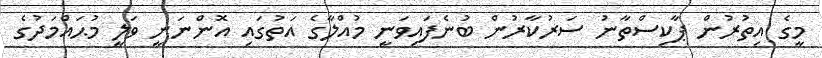
މީގެ އިތުރުން ޕާކިސްތާނު ސަރުކާރުން ބުނެފައިވަނީ މުއްލާގެ އަތުގައި އޮންނަނީ ވަލީ މުޙައްމަދުގެ